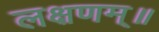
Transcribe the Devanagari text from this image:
लक्षणम्‌॥